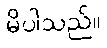
မိပါသည်။